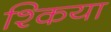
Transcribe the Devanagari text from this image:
श्किया